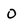
Character: O